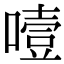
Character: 噎